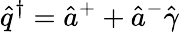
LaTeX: \hat{q}^{\dagger}=\hat{a}^{+}+\hat{a}^{-}\hat{\gamma}